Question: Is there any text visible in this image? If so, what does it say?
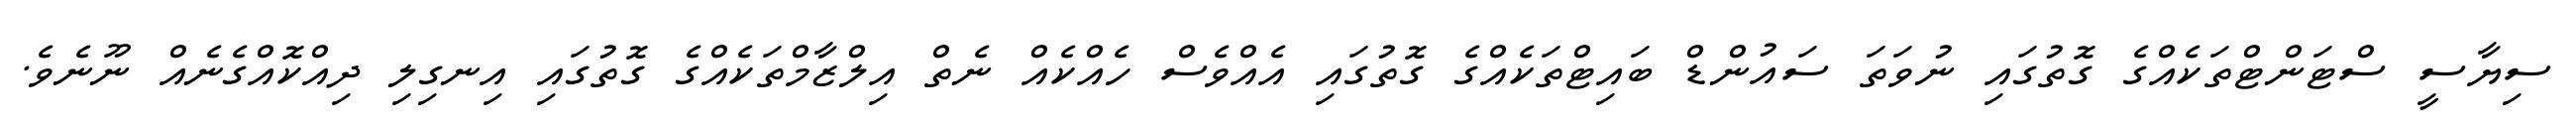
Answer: ސިޔާސީ ސްޓަންޓްތަކެއްގެ ގޮތުގައި ނުވަތަ ސައުންޑް ބައިޓްތަކެއްގެ ގޮތުގައި އެއްވެސް ހެއްކެއް ނެތް އިލްޒާމްތަކެއްގެ ގޮތުގައި އިނގިލި ދިއްކޮއްގެނެއް ނޫނެވެ.